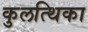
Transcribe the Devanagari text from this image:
कुलत्थिका